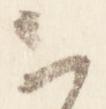
云